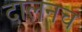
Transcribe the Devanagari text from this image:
दालनच